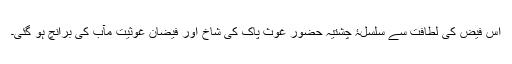
اس فیض کی لطافت سے سلسلۂ چشتیہ حضور غوثِ پاک کی شاخ اور فیضانِ غوثیتِ مآب کی برانچ ہو گئی۔